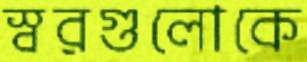
স্বরগুলোকে